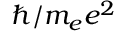
\hbar / m _ { e } e ^ { 2 }